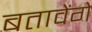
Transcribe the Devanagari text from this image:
बतावेंगे